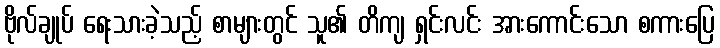
ဗိုလ်ချုပ် ရေးသားခဲ့သည့် စာများတွင် သူ၏ တိကျ ရှင်းလင်း အားကောင်းသော စကားပြေ